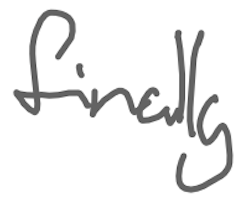
Text: finally
Cross-out: clean
Writing tool: digital_gray